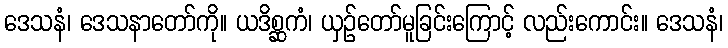
ဒေသနံ၊ ဒေသနာတော်ကို။ ယဒိစ္ဆကံ၊ ယှဉ်တော်မူခြင်းကြောင့် လည်းကောင်း။ ဒေသနံ၊